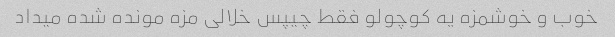
خوب و خوشمزه یه کوچولو فقط چیپس خلالی مزه مونده شده میداد